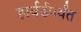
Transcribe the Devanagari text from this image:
हार्वर्डपर्यंत